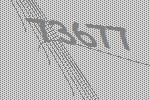
73677